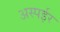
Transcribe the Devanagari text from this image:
अस्पईर